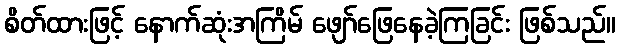
စိတ်ထားဖြင့် နောက်ဆုံးအကြိမ် ဖျော်ဖြေနေခဲ့ကြခြင်း ဖြစ်သည်။